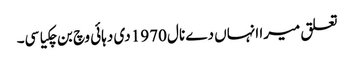
تعلق میرا انہاں دے نال 1970 دی دہائی وچ بن چکیا سی۔